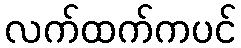
လက်ထက်ကပင်